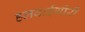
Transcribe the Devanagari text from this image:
हलवाईगीरी